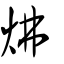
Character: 炥